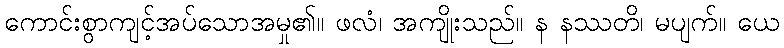
ကောင်းစွာကျင့်အပ်သောအမှု၏။ ဖလံ၊ အကျိုးသည်။ န နဿတိ၊ မပျက်။ ယေ